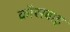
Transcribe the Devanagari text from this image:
क्रॉसबाइ